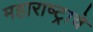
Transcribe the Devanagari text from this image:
महाराष्‍ट्राचे